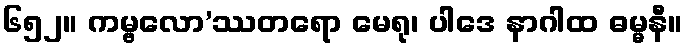
၆၅၂။ ကမ္ဗလော’ဿတရော မေရု၊ ပါဒေ နာဂါထ ဓမ္မနီ။